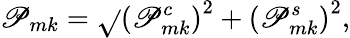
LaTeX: \mathscr{P}_{mk}=\sqrt{}{{\left(\mathscr{P}_{mk}^{c}\right)^{2}+\left(\mathscr{P}_{mk}^{s}\right)^{2}}},